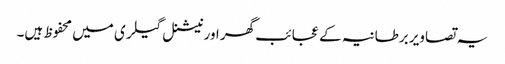
یہ تصاویر برطانیہ کے عجائب گھر اور نیشنل گیلری میں محفوظ ہیں۔